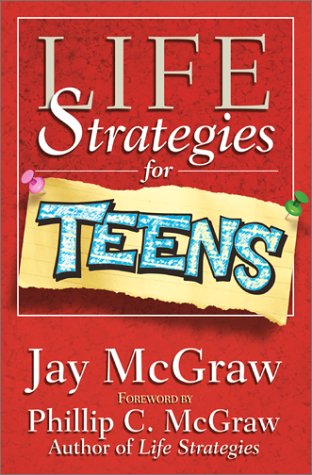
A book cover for Life Strategies for Teens; Jay McGraw; Teen & Young Adult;